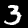
Label: 3